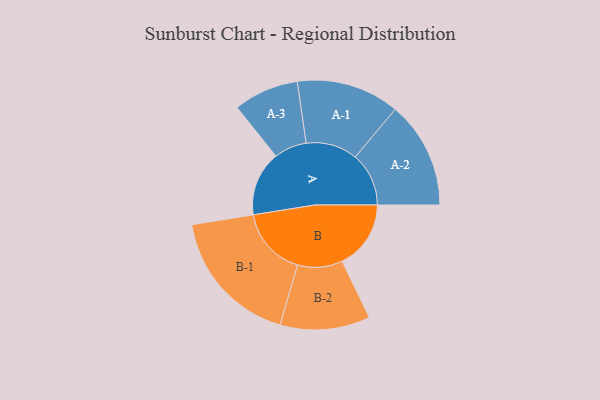
{"axis": {"x": "Segment", "y": "Value"}, "legend": ["", "A", "B"], "data": [{"x": "A", "y": 256, "type": ""}, {"x": "B", "y": 272, "type": ""}, {"x": "A-1", "y": 204, "type": "A"}, {"x": "A-2", "y": 212, "type": "A"}, {"x": "A-3", "y": 129, "type": "A"}, {"x": "B-1", "y": 274, "type": "B"}, {"x": "B-2", "y": 178, "type": "B"}]}